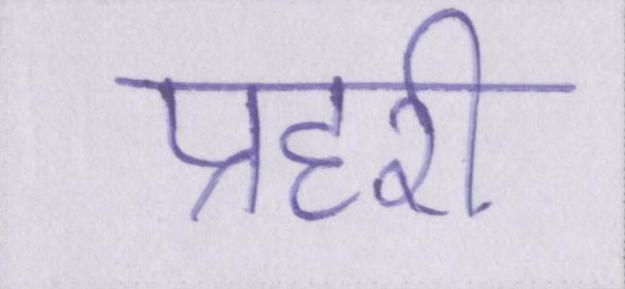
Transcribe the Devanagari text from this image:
प्रहरी